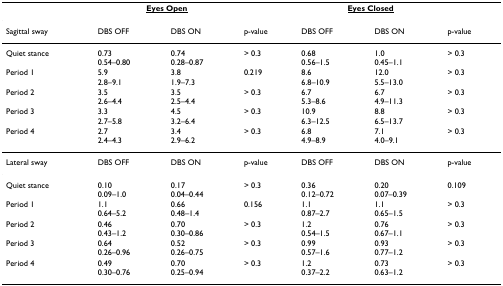
<table><thead><tr><td></td><td colspan="2"><b><underline>Eyes Open</underline></b></td><td></td><td colspan="2"><b><underline>Eyes Closed</underline></b></td><td></td></tr></thead><tbody><tr><td>Sagittal sway</td><td>DBS OFF</td><td>DBS ON</td><td>p-value</td><td>DBS OFF</td><td>DBS ON</td><td>p-value</td></tr><tr><td>Quiet stance</td><td>0.730.54–0.80</td><td>0.740.28–0.87</td><td>&gt; 0.3</td><td>0.680.56–1.5</td><td>1.00.45–1.1</td><td>&gt; 0.3</td></tr><tr><td>Period 1</td><td>5.92.8–9.1</td><td>3.81.9–7.3</td><td>0.219</td><td>8.66.8–10.9</td><td>12.05.5–13.0</td><td>&gt; 0.3</td></tr><tr><td>Period 2</td><td>3.52.6–4.4</td><td>3.52.5–4.4</td><td>&gt; 0.3</td><td>6.75.3–8.6</td><td>6.74.9–11.3</td><td>&gt; 0.3</td></tr><tr><td>Period 3</td><td>3.32.7–5.8</td><td>4.53.2–6.4</td><td>&gt; 0.3</td><td>10.96.3–12.5</td><td>8.86.5–13.7</td><td>&gt; 0.3</td></tr><tr><td>Period 4</td><td>2.72.4–4.3</td><td>3.42.9–6.2</td><td>&gt; 0.3</td><td>6.84.9–8.9</td><td>7.14.0–9.1</td><td>&gt; 0.3</td></tr><tr><td>Lateral sway</td><td>DBS OFF</td><td>DBS ON</td><td>p-value</td><td>DBS OFF</td><td>DBS ON</td><td>p-value</td></tr><tr><td>Quiet stance</td><td>0.100.09–1.0</td><td>0.170.04–0.44</td><td>&gt; 0.3</td><td>0.360.12–0.72</td><td>0.200.07–0.39</td><td>0.109</td></tr><tr><td>Period 1</td><td>1.10.64–5.2</td><td>0.660.48–1.4</td><td>0.156</td><td>1.10.87–2.7</td><td>1.10.65–1.5</td><td>&gt; 0.3</td></tr><tr><td>Period 2</td><td>0.460.43–1.2</td><td>0.700.30–0.86</td><td>&gt; 0.3</td><td>1.20.54–1.5</td><td>0.760.67–1.1</td><td>&gt; 0.3</td></tr><tr><td>Period 3</td><td>0.640.26–0.96</td><td>0.520.26–0.75</td><td>&gt; 0.3</td><td>0.990.57–1.6</td><td>0.930.77–1.2</td><td>&gt; 0.3</td></tr><tr><td>Period 4</td><td>0.490.30–0.76</td><td>0.700.25–0.94</td><td>&gt; 0.3</td><td>1.20.37–2.2</td><td>0.730.63–1.2</td><td>&gt; 0.3</td></tr></tbody></table>